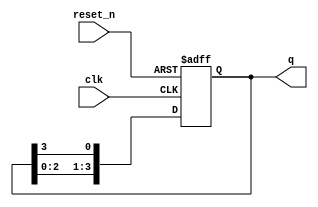
module async_ring_counter #(parameter N = 4) (
    input wire clk,           // Clock input
    input wire reset_n,      // Active low reset
    output reg [N-1:0] q     // Output state of the counter
);

    // Initial state
    initial begin
        q = 1'b1; // Start with the first flip-flop high
    end

    always @(posedge clk or negedge reset_n) begin
        if (!reset_n) begin
            q <= 1'b1; // Reset to initial state
        end else begin
            // Shift the high bit around the ring
            q <= {q[N-2:0], q[N-1]}; // Shift left
        end
    end

endmodule